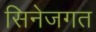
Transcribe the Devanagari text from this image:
सिनेजगत